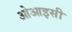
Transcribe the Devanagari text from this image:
ओआइसी